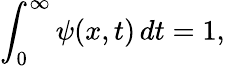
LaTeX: \int_{0}^{\infty}\psi(x,t)\, dt=1,